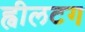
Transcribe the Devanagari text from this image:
ह्वीलटग